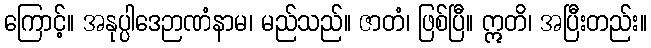
ကြောင့်။ အနုပ္ပါဒေဉာဏံနာမ၊ မည်သည်။ ဇာတံ၊ ဖြစ်ပြီ။ ဣတိ၊ အပြီးတည်း။